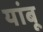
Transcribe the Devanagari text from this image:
यांबू